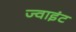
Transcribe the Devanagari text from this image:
ज्‍वाइंट